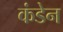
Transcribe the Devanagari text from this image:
कंडेन